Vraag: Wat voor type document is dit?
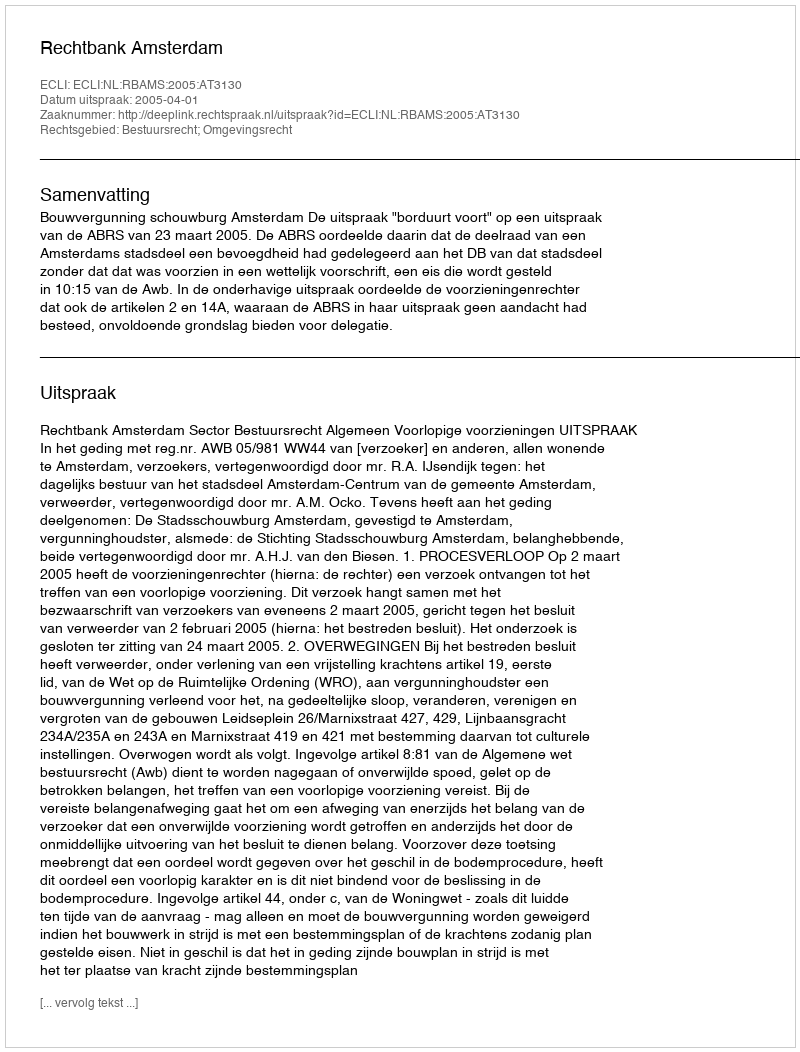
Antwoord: Uitspraak